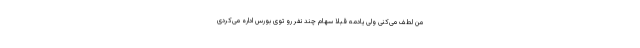
من لطف می­کنی ولی یادمه قبلا سهام چند نفر رو توی بورس اداره می­کردی